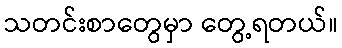
သတင်းစာတွေမှာ တွေ့ရတယ်။